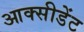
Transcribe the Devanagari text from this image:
आक्सीडेंट